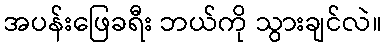
အပန်းဖြေခရီး ဘယ်ကို သွားချင်လဲ။